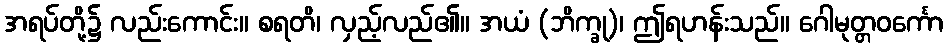
အရပ်တို့၌ လည်းကောင်း။ စရတိ၊ လှည့်လည်၏။ အယံ (ဘိက္ခု)၊ ဤရဟန်းသည်။ ဂေါမုတ္တဝင်္ကော